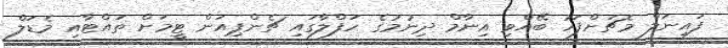
ފައިނަލް މެޗަށްފަހު ބޭއްވި އިނާމް ދިނުމުގެ ހަފްލާގައި ޗެންޕިއަން ޓީމަށް ތައްޓާއި މެޑަލް